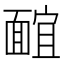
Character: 𩈭